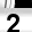
Digit: 2